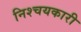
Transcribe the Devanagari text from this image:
निश्चयकारी